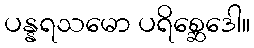
ပန္နရသမော ပရိစ္ဆေဒေါ။